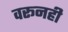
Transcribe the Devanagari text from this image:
वरूनही